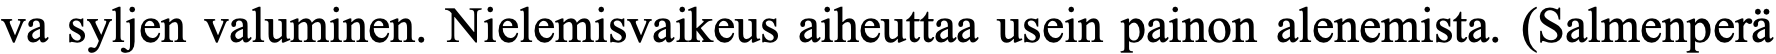
va syljen valuminen. Nielemisvaikeus aiheuttaa usein painon alenemista. (Salmenperä